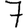
Digit: 7